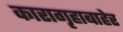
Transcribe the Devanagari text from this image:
कारागृहाबाहेर